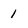
Character: 1